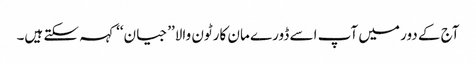
آج کے دور میں آپ اسے ڈورے مان کارٹون والا’’جیان‘‘ کہہ سکتے ہیں۔